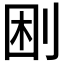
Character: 𠜠